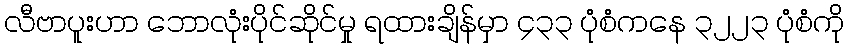
လီဗာပူးဟာ ဘောလုံးပိုင်ဆိုင်မှု ရထားချိန်မှာ ၄၃၃ ပုံစံကနေ ၃၂၂၃ ပုံစံကို